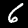
Digit: 6